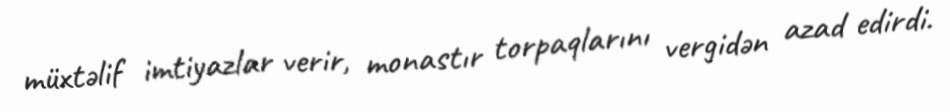
müxtəlif imtiyazlar verir, monastır torpaqlarını vergidən azad edirdi.